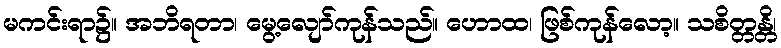
မကင်းရာ၌။ အဘိရတာ၊ မွေ့လျော်ကုန်သည်။ ဟောထ၊ ဖြစ်ကုန်လော့။ သစိတ္တန္တိ၊